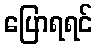
ပြောရရင်